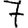
Digit: 7